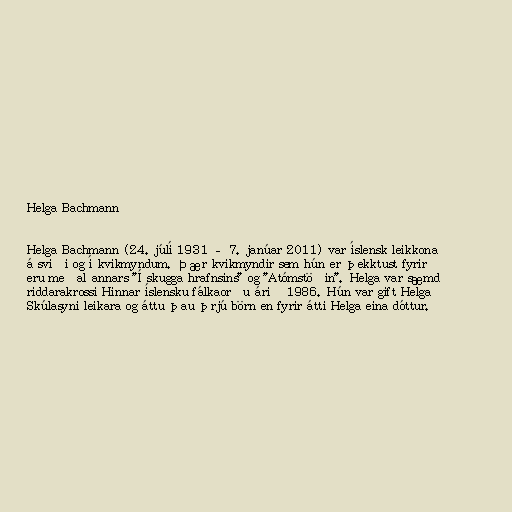
Helga Bachmann

Helga Bachmann (24. júlí 1931 – 7. janúar 2011) var íslensk leikkona
á sviði og í kvikmyndum. Þær kvikmyndir sem hún er þekktust fyrir
eru meðal annars "Í skugga hrafnsins" og "Atómstöðin". Helga var sæmd
riddarakrossi Hinnar íslensku fálkaorðu árið 1986. Hún var gift Helga
Skúlasyni leikara og áttu þau þrjú börn en fyrir átti Helga eina dóttur.